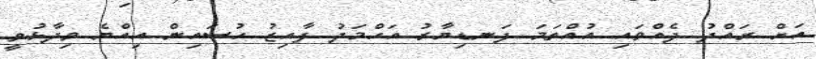
އަށް ރައްދު ދެއްވައި އުއްތަމަ ފަނޑިޔާރު އަހްމަދު ފާއިޒު ހުސައިން އިއްޔެ ވިދާޅުވީ